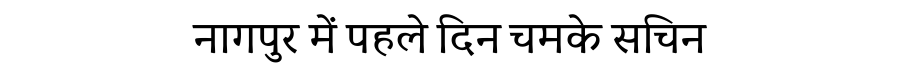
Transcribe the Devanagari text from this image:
नागपुर में पहले दिन चमके सचिन